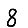
Digit: 8